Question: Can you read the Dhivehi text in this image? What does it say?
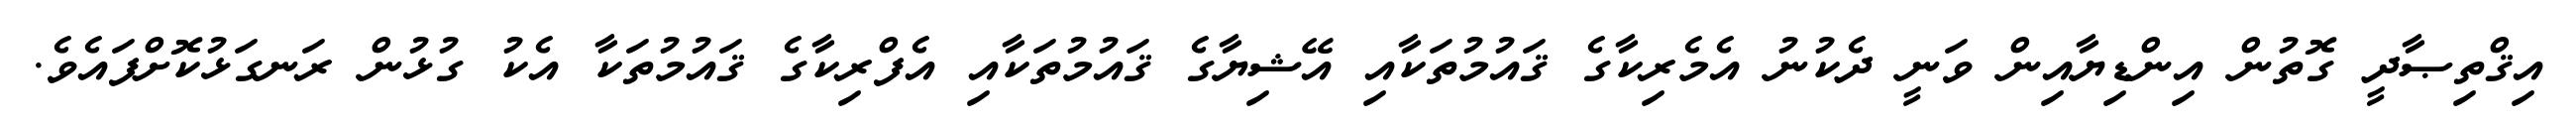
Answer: އިޤްތިޞާދީ ގޮތުން އިންޑިޔާއިން ވަނީ ދެކުނު އެމެރިކާގެ ޤައުމުތަކާއި އޭޝިޔާގެ ޤައުމުތަކާއި އެފްރިކާގެ ޤައުމުތަކާ އެކު ގުޅުން ރަނގަޅުކޮށްފައެވެ.